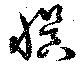
誤